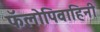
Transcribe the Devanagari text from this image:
फॅलोपिवाहिनी